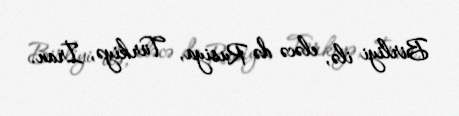
Birliyi ilə, eləcə də Rusiya, Türkiyə, İran.